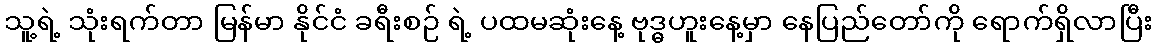
သူ့ရဲ့ သုံးရက်တာ မြန်မာ နိုင်ငံ ခရီးစဉ် ရဲ့ ပထမဆုံးနေ့ ဗုဒ္ဓဟူးနေ့မှာ နေပြည်တော်ကို ရောက်ရှိလာပြီး